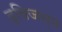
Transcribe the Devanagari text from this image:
द्विजन्‍म